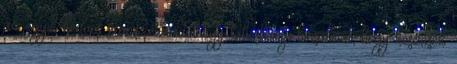
az egyik kedves szomszédunktól egy talicskányi birsalmát, hogy készítsek